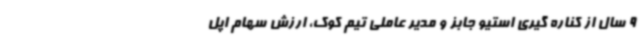
9 سال از کناره گیری استیو جابز و مدیر عاملی تیم کوک، ارزش سهام اپل